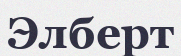
Элберт